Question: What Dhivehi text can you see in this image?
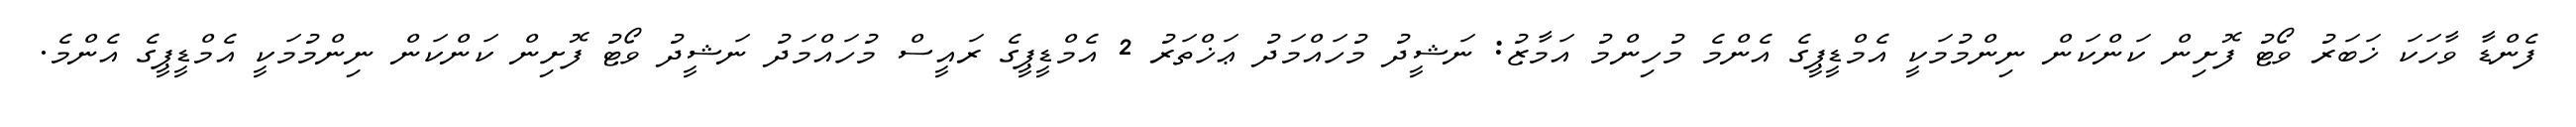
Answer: ފެންޑާ ވާހަކަ ޚަބަރު ވޯޓު ފޮށިން ކަންކަން ނިންމުމަކީ އެމްޑީޕީގެ އެންމެ މުހިންމު އަމާޒު: ނަޝީދު މުހައްމަދު ޢަޚްތަރު 2 އެމްޑީޕީގެ ރައީސް މުހައްމަދު ނަޝީދު ވޯޓު ފޮށިން ކަންކަން ނިންމުމަކީ އެމްޑީޕީގެ އެންމެ.